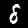
Digit: 8